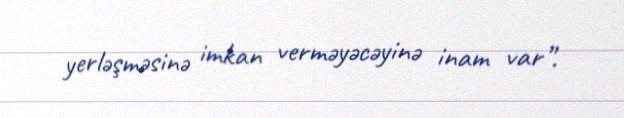
yerləşməsinə imkan verməyəcəyinə inam var”.